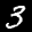
Label: 3